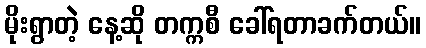
မိုးရွာတဲ့ နေ့ဆို တက္ကစီ ခေါ်ရတာခက်တယ်။